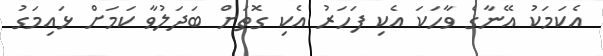
އެކަމަކު އޭނާގެ ވާހަކަ އެކި ފަހަރު އެކި ގޮތަށް ބަދަލުވާ ކަމަށް ޅައިމަގު